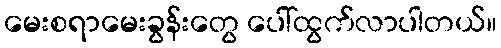
မေးစရာမေးခွန်းတွေ ပေါ်ထွက်လာပါတယ်။